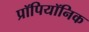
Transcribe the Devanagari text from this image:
प्रॉपियॉनिक